Vaccination in the Punjab 1905-1918 - 1905-1918
Year: 1905
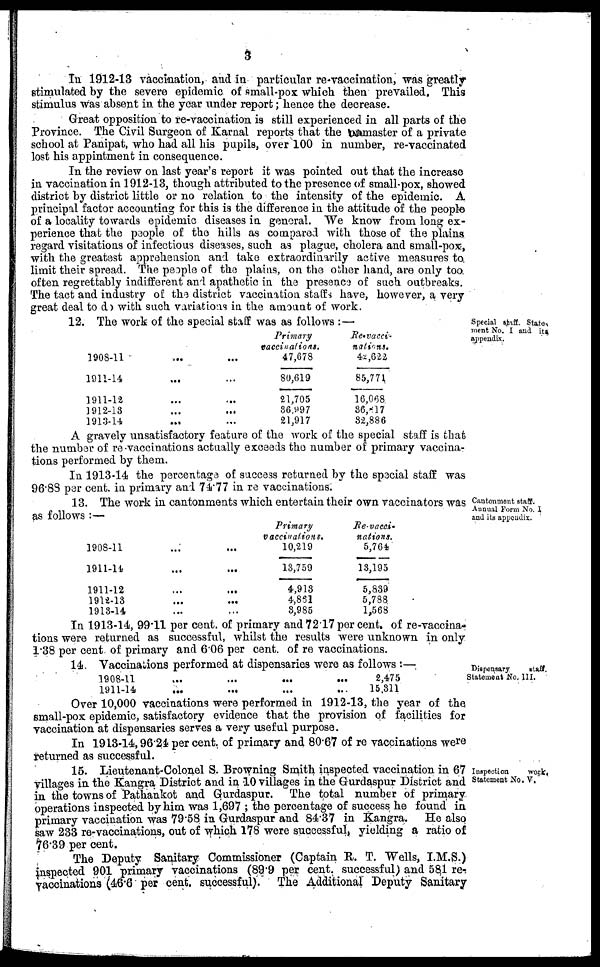
3
In 1912-13 vaccination, and in particular re-vaccination, was greatly
stimulated by the severe epidemic of small-pox which then prevailed. This
stimulus was absent in the year under report; hence the decrease.
Great opposition to re-vaccination is still experienced in all parts of the
Province. The Civil Surgeon of Karnal reports that the
master of a private
school at Panipat, who had all his pupils, over 100 in number, re-vaccinated
lost his appintment in consequence.
In the review on last year's report it was pointed out that the increase
in vaccination in 1912-13, though attributed to the presence of small-pox, showed
district by district little or no relation to the intensity of the epidemic. A
principal factor accounting for this is the difference in the attitude of the people
of a locality towards epidemic diseases in general. We know from long ex-
perience that the people of the hills as compared with those of the plains
regard visitations of infectious diseases, such as plague, cholera and small-pox,
with the greatest apprehension and take extraordinarily active measures to
limit their spread. The people of the plains, on the other hand, are only too
often regrettably indifferent and apathetic in the presence of such outbreaks.
The tact and industry of the district vaccination staffs have, however, a very
great deal to do with such variations in the amount of work.
Special staff. State-
ment No. I and its
appendix.
12. The work of the special staff was as follows :—
1908-11 ... ...
1911-14 ... ...
1911-12 ... ...
1912-13 ... ...
1913-14 ... ...
Primary
vaccinations.
47,678
80,619
21,705
36,997
21,917
Re-vacci-
nations.
42,622
85,771
16,068
36,817
32,886
A gravely unsatisfactory feature of the work of the special staff is that
the number of re-vaccinations actually exceeds the number of primary vaccina-
tions performed by them.
In 1913-14 the percentage of success returned by the special staff was
96.88 per cent. in primary and 74.77 in re vaccinations.
Cantonment staff-
Annual Form No. I
and its appendix.
13. The work in cantonments which entertain their own vaccinators was
as follows :—
1908-11 ... ...
1911-14 ... ...
1911-12 ... ...
1912-13
...
...
1913-14 ... ...
Primary
vaccinations.
10,219
13,759
4,913
4,861
3,985
Re- vacci-
nations.
5,764
13,195
5,839
5,788
1,568
In 1913-14, 99.11 per cent. of primary and 72.17 per cent. of re-vaccina-
tions were returned as successful, whilst the results were unknown in only
1.38 per cent. of primary and 6.06 per cent. of re vaccinations.
Dispensary
staff.
Statement No, III.
14. Vaccinations performed at dispensaries were as follows :—
1908-11
1911-14
...
...
...
...
...
...
...
...
2,475
15,311
Over 10,000 vaccinations were performed in 1912-13, the year of the
small-pox epidemic, satisfactory evidence that the provision of facilities for
vaccination at dispensaries serves a very useful purpose.
In 1913-14, 96.24 per cent of primary and 80.67 of re vaccinations were
returned as successful.
Inspection
work,
Statement No. V.
15. Lieutenant-Colonel S. Browning Smith inspected vaccination in 67
villages in the Kangra District and in 10 villages in the Gurdaspur District and
in the towns of Pathankot and Gurdaspur. The total number of primary
operations inspected by him was 1,697 ; the percentage of success he found in
primary vaccination was 79.58 in Gurdaspur and 84.37 in Kangra. He also
saw 233 re-vaccinations, out of which 178 were successful, yielding a ratio of
76.39 per cent.
The Deputy Sanitary Commissioner (Captain R. T. Wells, I.M.S.)
inspected 901 primary vaccinations (89.9 per cent. successful) and 581 re-
vaccinations (46.6 per cent. successful).
The Additional Deputy Sanitary